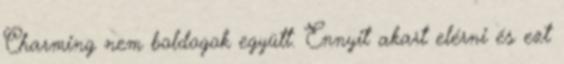
Charming nem boldogok együtt. Ennyit akart elérni és ezt